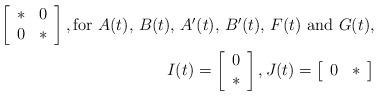
LaTeX: \begin{align*}\left[\begin{array}{cc}\ast & 0\\0 & \ast\end{array}\right], \mbox{for $A(t)$, $B(t)$, $A'(t)$, $B'(t)$, $F(t)$ and $G(t)$},\\ I(t)=\left[\begin{array}{c}0\\\ast\end{array}\right],J(t)=\left[\begin{array}{cc}0 & \ast\end{array}\right]\end{align*}